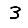
Digit: 3